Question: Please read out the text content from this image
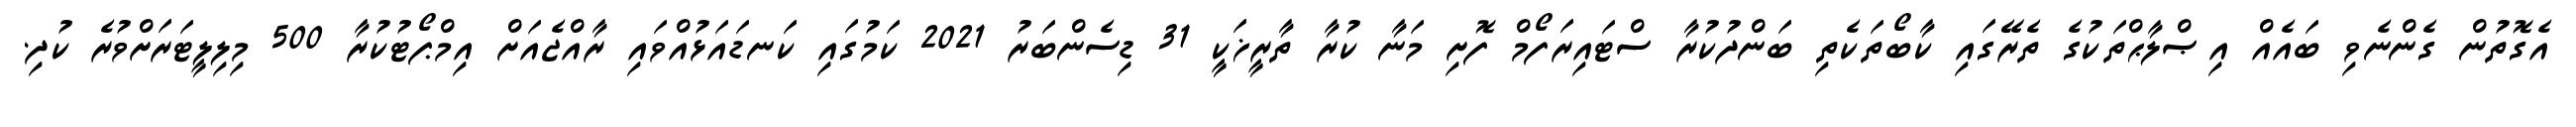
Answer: އެގޮތުން ގެންނެވި ބައެއް އިޞްލާޙްތަކުގެ ތެރޭގައި ކާބޯތަކެތި ބަންދުކުރާ ސްޓައިރަފޯމް ފޮށި މަނާ ކުރާ ތާރީޚަކީ 31 ޑިސެންބަރު 2021 ކަމުގައި ކަނޑައަޅުއްވައި ރާއްޖެއަށް އިމްޕޯޓުކުރާ 500 މިލިލީޓަރަށްވުރެ ކުދި.